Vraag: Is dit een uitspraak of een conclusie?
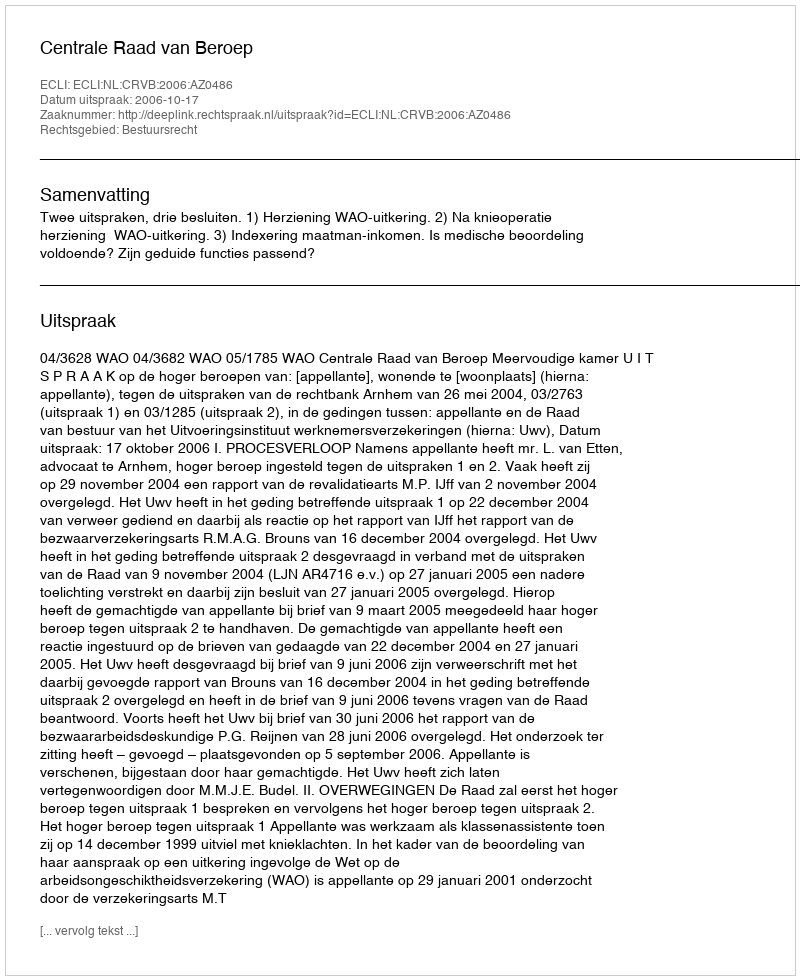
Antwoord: Uitspraak